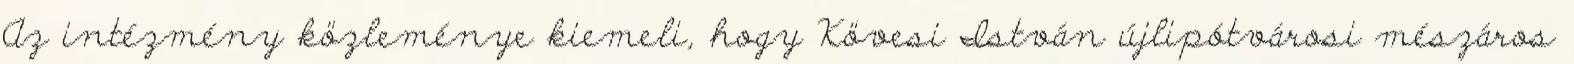
Az intézmény közleménye kiemeli, hogy Kövesi István újlipótvárosi mészáros